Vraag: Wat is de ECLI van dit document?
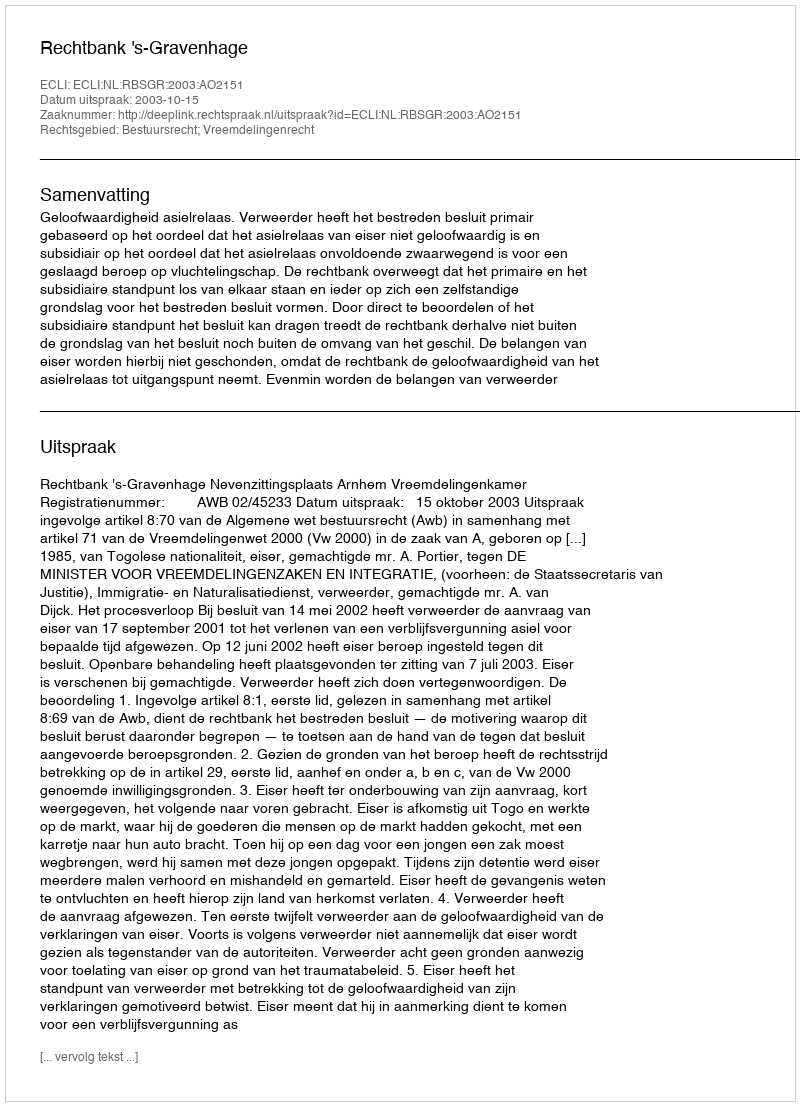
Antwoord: ECLI:NL:RBSGR:2003:AO2151